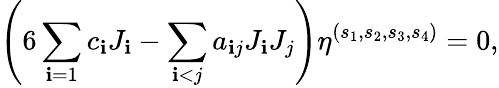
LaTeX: \left(6\sum_{\mathbf{i}=1}c_{\mathbf{i}}J_{\mathbf{i}}-\sum_{\mathbf{i}<j}a_{\mathbf{i}j}J_{\mathbf{i}}J_{j}\right)\eta^{(s_{1},s_{2},s_{3},s_{4})}=0,